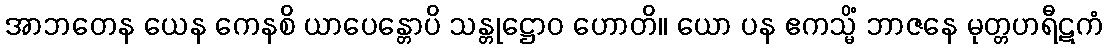
အာဘတေန ယေန ကေနစိ ယာပေန္တောပိ သန္တုဋ္ဌောဝ ဟောတိ။ ယော ပန ဧကသ္မိံ ဘာဇနေ မုတ္တဟရီဋကံ